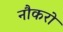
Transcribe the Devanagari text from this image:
नौकरो